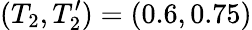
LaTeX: (T_{2},T_{2}^{\prime})=(0.6,0.75)